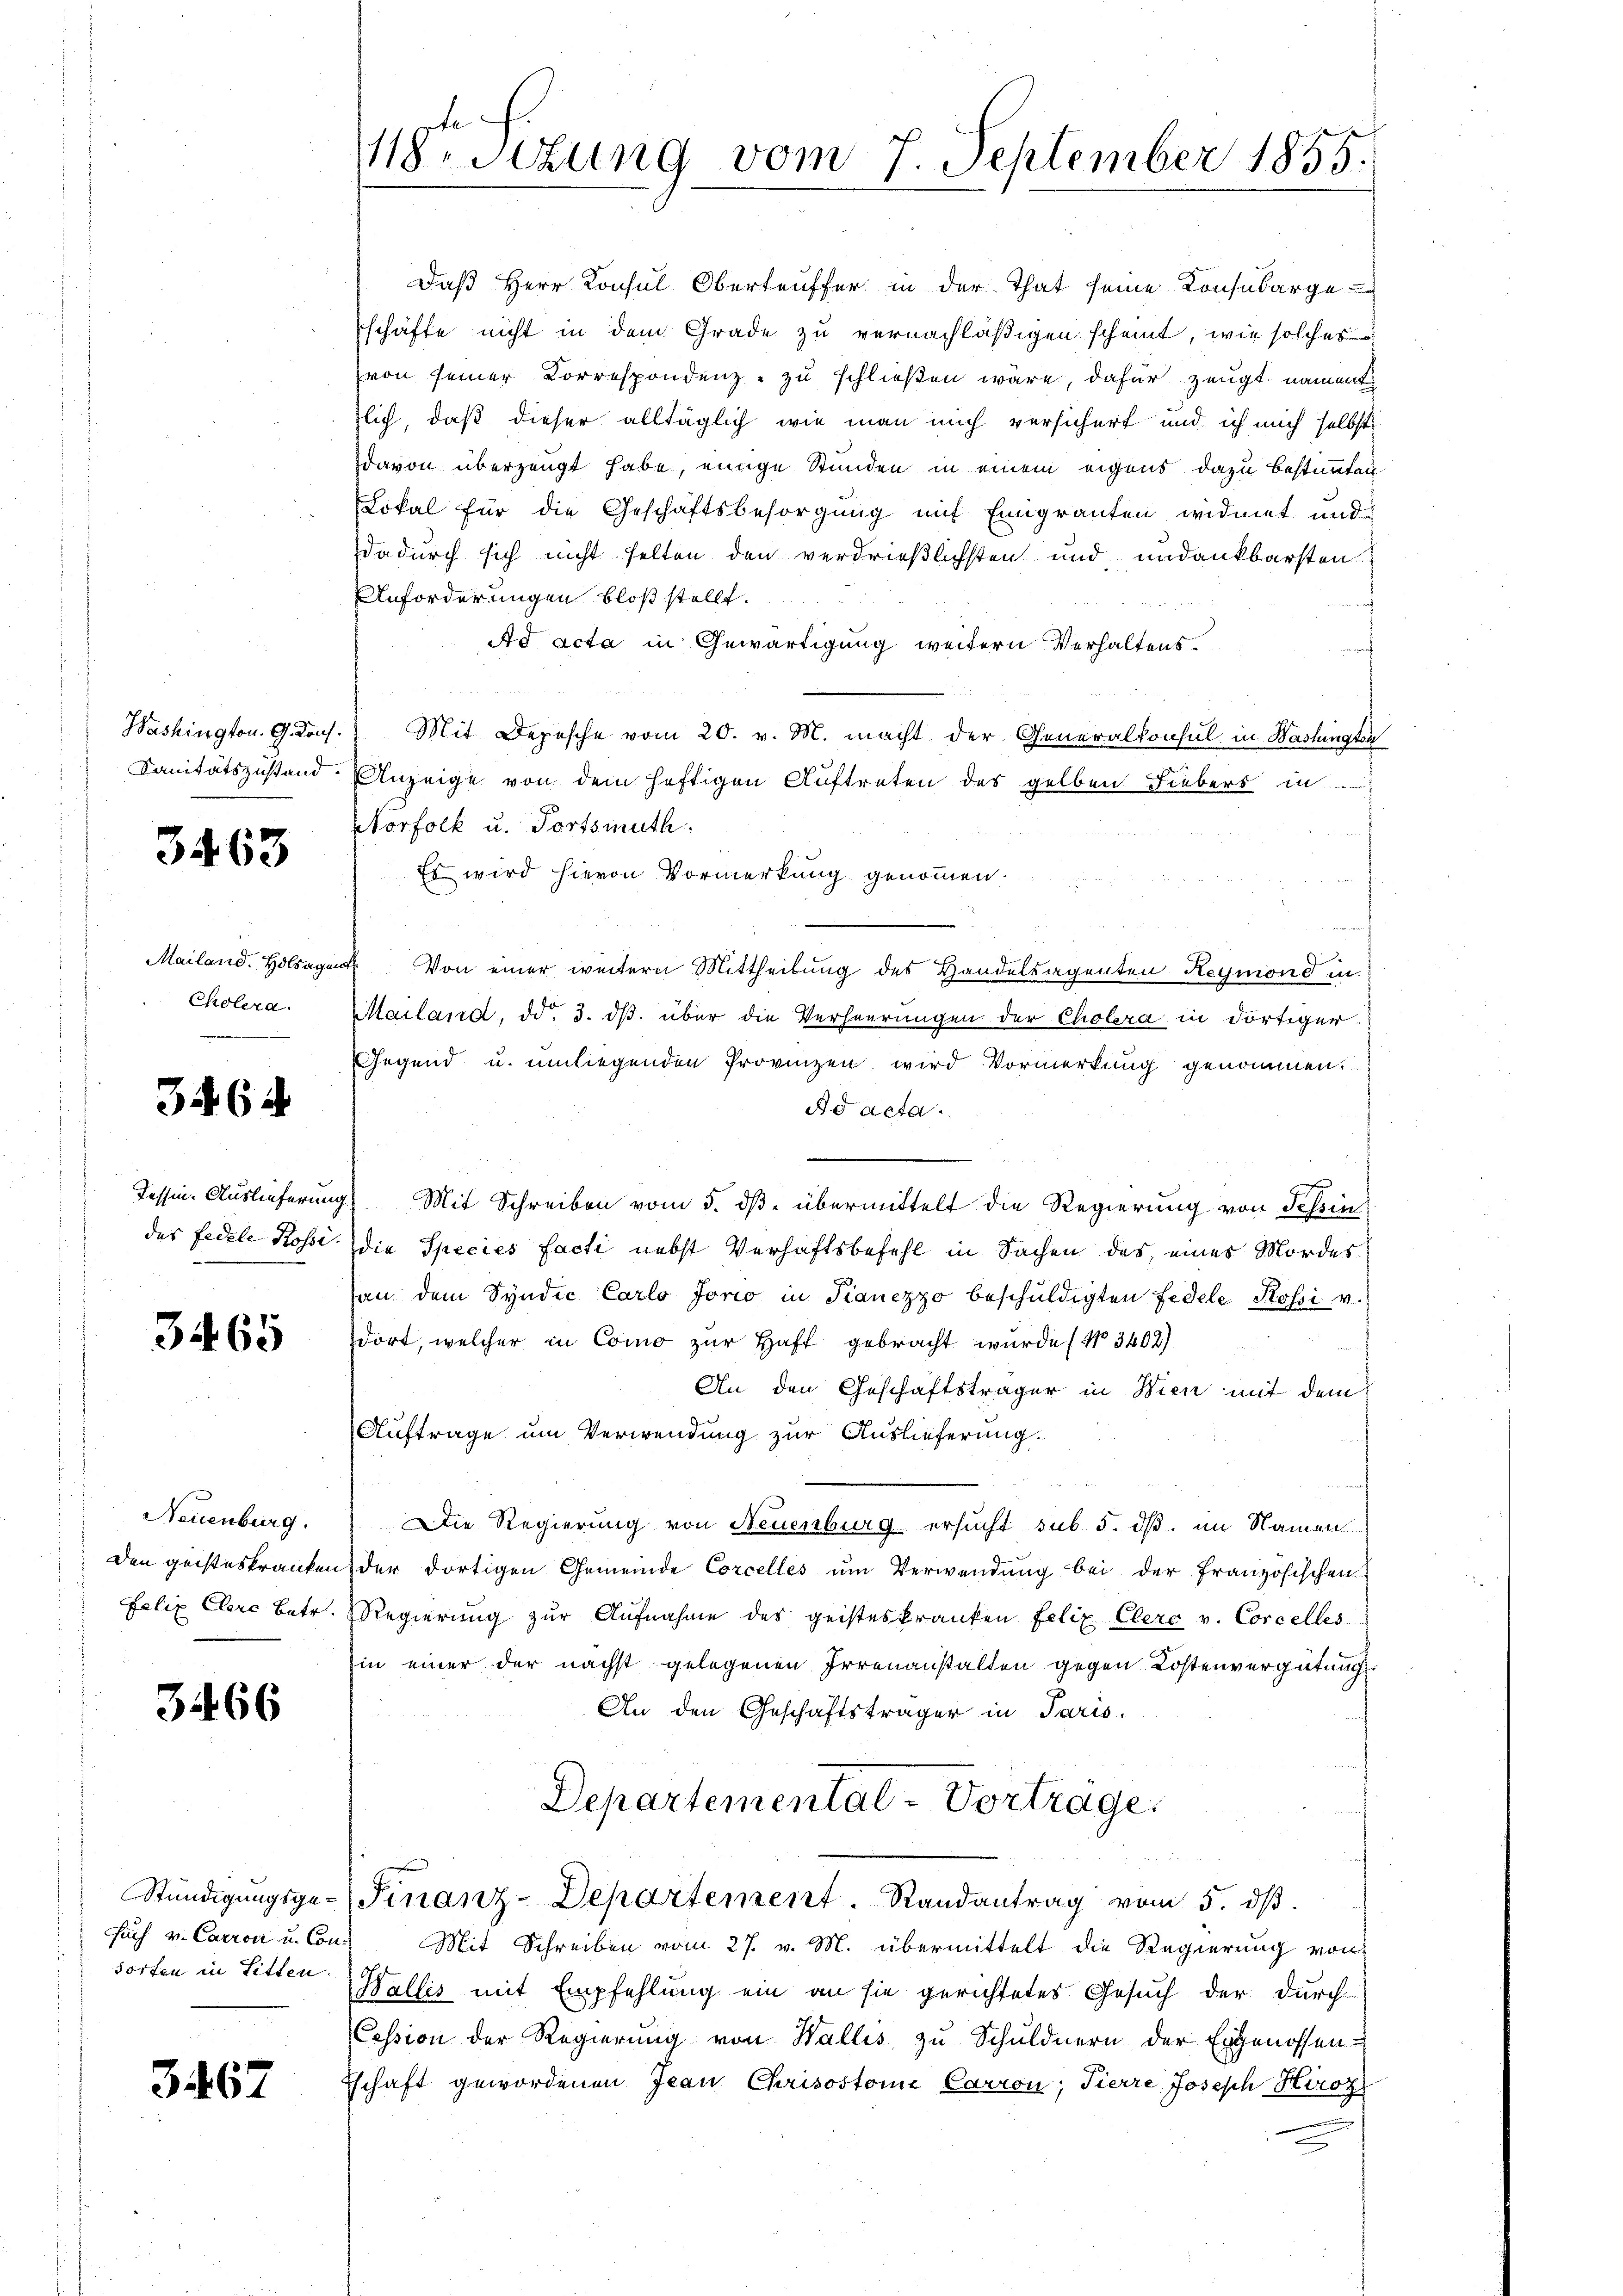
3463

Mailand. Holsagen
Cholera.

346 d

3465

Neuenburg.
Felix Clere Betr.

3466

sorten in Sitten.

3467

118ten Sizung vom 7. September 1855.

Daß Herr Konsul Oberteuffer in der That seine Konsubarge
schäfte nicht in dem Grade zu vernachläßigen scheint, wie solches
(von seiner Correspondenz - zu schließen wäre, dafür zeugt, nament
lich, daß dieser alltäglich wie man mich versichert und ich mich selbst
davon überzeugt habe, einige Stunden in einem eigens dazu bestimmten.
Lokal für die Geschäftsbesorgung mit Eingranten widmet und
dadurch sich nicht selten den verdrießlichsten und undankbarsten
Anforderungen bloß stellt.
Ad acta in Gewärtigung weitern Verhaltens
Washington. G. Kons. Mit Depesche vom 20. v. M. macht der Generalkonsul in Washingten
Sanitätszustand Anzeige von dem heftigen Auftreten des gelben Liebers in
Morfolk u. Fortsmuth
Es wird hievon Vormerkung genommen.
 Von einer weitern Mittheilung des Handelsagenten Reymond in
Mailand, dd. 3. ds. über die Verheurungen der Cholera in dortiger
Gegend u. umliegenden Provinzen wird Vormerkung genommen.
Ad acta.
Tessin Auslieferung Mit Schreiben vom 5. dβ übermittelt die Regierung von Schin
des Fedele Kossi die Species facti nebst Verhaftsbefehl in Sachen des eines Mordes
an dem Syndic Carlo Jorio in Kauzzzo beschuldigten Fidele Rossi v.
dort, welcher in Como zur Haft gebracht wurde (Nr. 3402)
An den Geschäftsträger in Wien mit dem
Auftrage um Verwendung zur Auslieferung.
Die Regierung von Neuenburg ersucht sub 5. dß. im Namen
den geisteskranken der dortigen Gemeinde Corcellés ŭm Verwendŭng bei der französischen
Regierŭng zŭr Aŭfnahme des geisteskranken Felix Clere v. Corcelles
in einer der nächst gelegenen Irrenanstalten gegen Kostenvergütung
An den Geschäftsträger in Paris.
Departemental-Vorträge.
e
Stündigŭngsge- Finanz-Departement. Randantrag vom 5. dβ.
such v. Carron u. Cons Mit Schreiben vom 27. v. M. übermittelt die Regierung von
Wallis mit Empfehlung ein an sie gerichtetes Gesuch der durch-
Cession der Regierung von Wallis zu Schuldnern der Ergenossen-
Tschaft gewordenen Jean Chrisostomie Carron; Tierre Joseph Hiroz